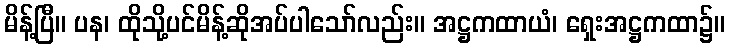
မိန့်ပြီ။ ပန၊ ထိုသို့ပင်မိန့်ဆိုအပ်ပါသော်လည်း။ အဋ္ဌကထာယံ၊ ရှေးအဋ္ဌကထာ၌။